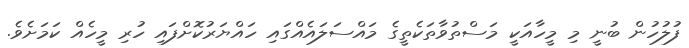
ފުލުހުން ބުނީ މި މީހާއަކީ މަސްތުވާތަކެތީގެ މައްސަލައެއްގައި ހައްޔަރުކޮށްފައި ހުރި މީހެއް ކަމަށެވެ.